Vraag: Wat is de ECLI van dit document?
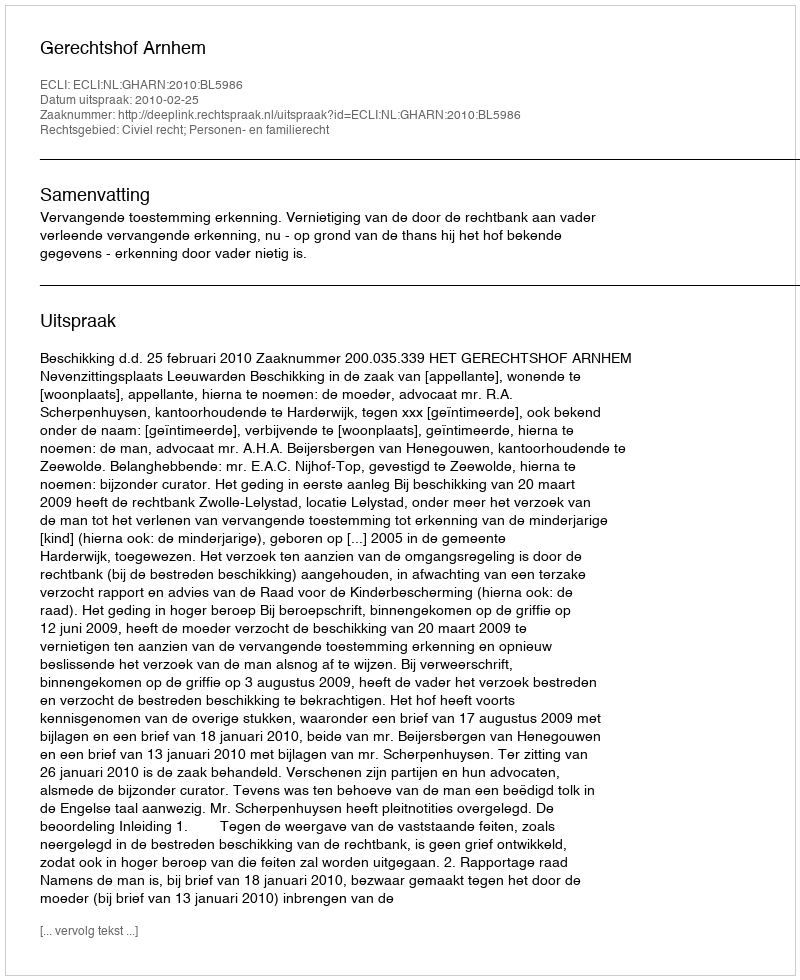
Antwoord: ECLI:NL:GHARN:2010:BL5986